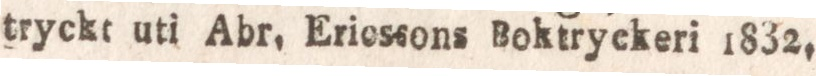
tryckt uti Abr, Ericscons Boktryckeri 1832,